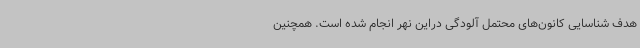
هدف شناسایی کانون‌های محتمل آلودگی دراین نهر انجام شده است. همچنین